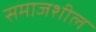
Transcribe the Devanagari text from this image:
समाजशील